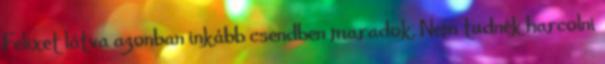
Felixet látva azonban inkább csendben maradok. Nem tudnék harcolni